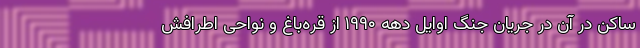
ساکن در آن در جریان جنگ اوایل دهه ۱۹۹۰ از قره‌باغ و نواحی اطرافش